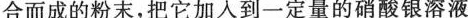
合而成的粉末，把它加入到一定量的硝酸银溶液